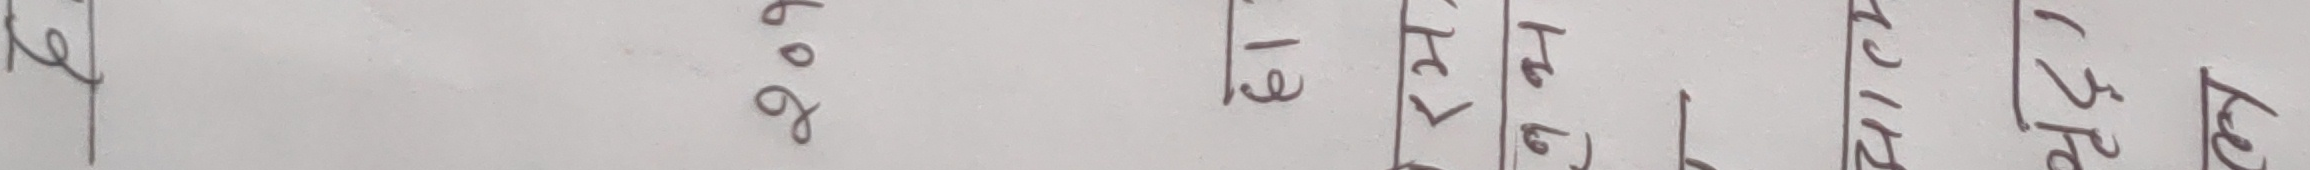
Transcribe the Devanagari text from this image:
२खे गो १६ १३ हेर्नुहोस् १२ १२.५० खे